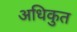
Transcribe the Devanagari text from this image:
अधिकुत